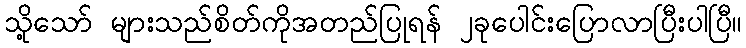
သို့သော် များသည်စိတ်ကိုအတည်ပြုရန် ၂ခုပေါင်းပြောလာပြီးပါပြီ။